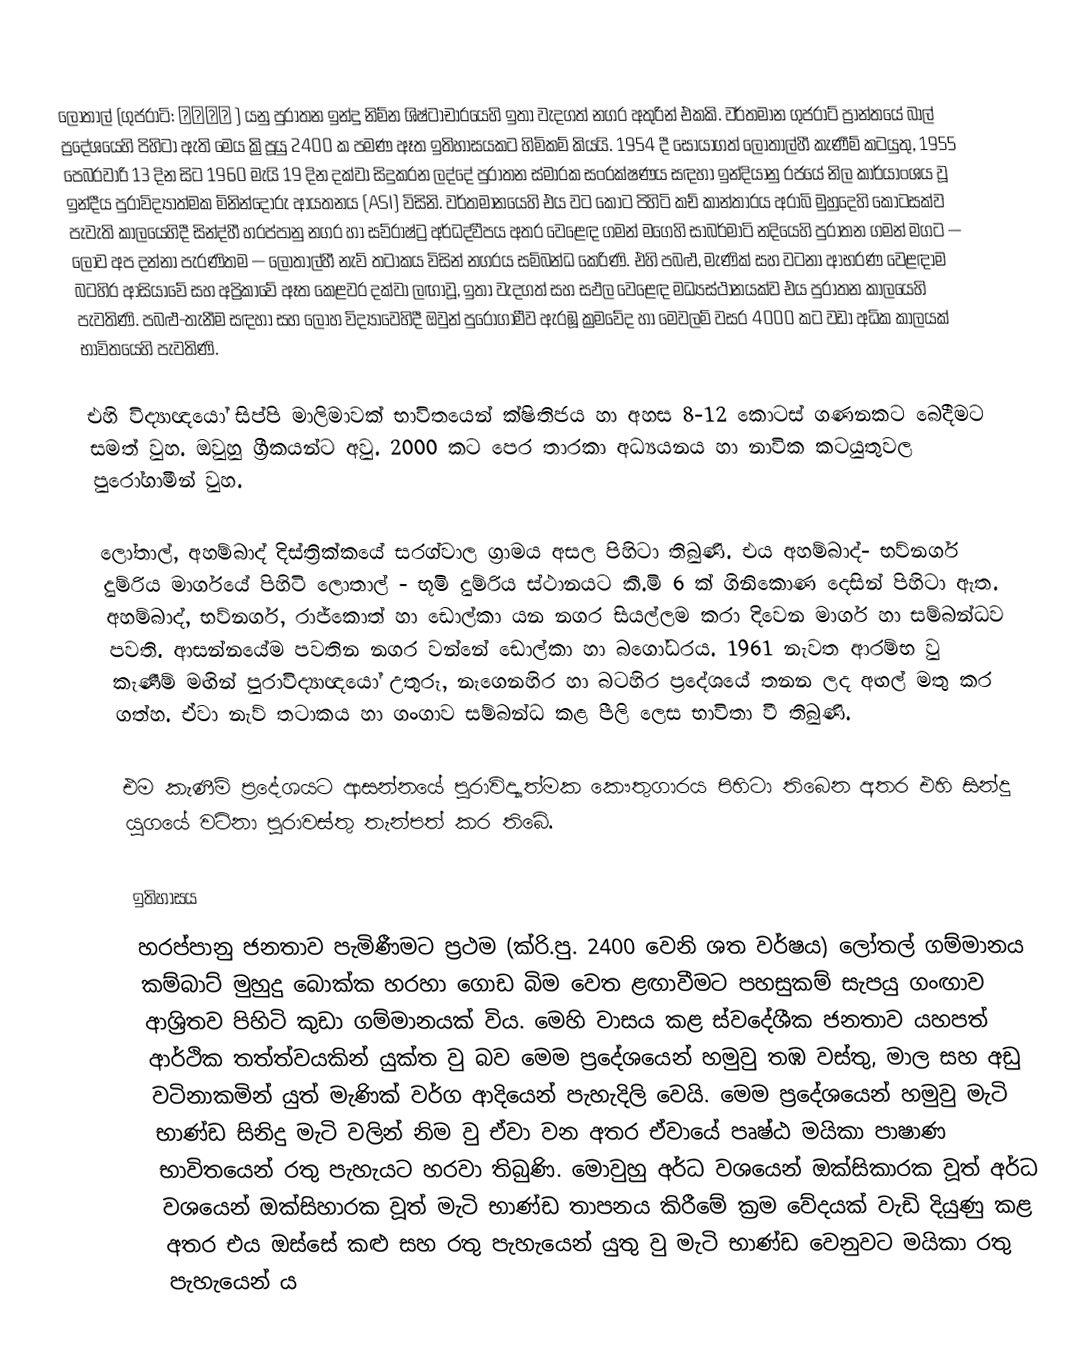
ලොතාල් (ගුජරාටි: લોથલ ) යනු පුරාතන ඉන්දු නිම්න ශිෂ්ටාචාරයෙහි ඉතා වැදගත් නගර අතුරින් එකකි. වර්තමාන ගුජරාට් ප්‍රාන්තයේ බාල් ප්‍රදේශයෙහි පිහිටා ඇති මෙය ක්‍රිපූයු 2400 ක පමණ ඈත ඉතිහාසයකට හිමිකම් කියයි. 1954 දී සොයාගත් ලොතාල්හී කැණීම් කටයුතු, 1955 පෙබරවාරි 13 දින සිට  1960 මැයි 19 දින දක්වා සිදුකරන ලද්දේ පුරාතන ස්මාරක සංරක්ෂණය සඳහා ඉන්දියානු රජයේ නිල කාර්යාංශය වූ  ඉන්දීය පුරාවිද්‍යාත්මක මිනින්දෝරු ආයතනය (ASI) විසිනි. වර්තමානයෙහි එය වට කොට පිහිටි කච් කාන්තාරය  අරාබි මුහුදෙහි කොටසක්ව පැවැති කාලයෙහිදී සින්ද්හී හරප්පානු නගර  හා සව්රාෂ්ට්‍ර  අර්ධද්වීපය අතර වෙළෙඳ ගමන් මගෙහි සාබර්මාටි නදියෙහි පුරාතන ගමන් මගට  — ලොව අප දන්නා පැරණිතම — ලොතාල්හී  නැව් තටාකය විසින් නගරය සම්බන්ධ කෙරිණි.  එහි පබළු, මැණික් සහ වටනා ආභරණ වෙළඳාම  බටහිර ආසියාවේ සහ අප්‍රිකාවේ ඈත කෙළවර දක්වා ලඟාවූ, ඉතා වැදගත් සහ සඵල වෙළෙඳ මධ්‍යස්ථානයක්ව එය පුරාතන කාලයෙහි පැවතිණි. පබළු-තැනීම සඳහා සහ  ලෝහ විද්‍යාවෙහිදී ඔවුන් පුරෝගාමීව ඇරඹූ ක්‍රමවේද හා මෙවලම් වසර 4000 කට වඩා අධික කාලයක් භාවිතයෙහි පැවතිණි.

එහි විද්‍යාඥ‍යෝ සිප්පි මාලිමාවක් භාවිතයෙන් ක්ෂිතිජය හා අහස 8-12 කොටස් ගණනකට බෙදීමට සමත් වුහ. ඔවුහු ග්‍රීකයන්ට අවු. 2000 කට පෙර තාරකා අධ්‍යයනය හා නාවික කටයුතුවල පුරෝගාමීන් වුහ.

ලෝතාල්, අහම්බාද් දිස්ත්‍රික්කයේ සරග්වාල ග්‍රාමය අසල පිහිටා තිබුණි. එය අහම්බාද්- භව්නගර් දුම්රිය මාර්ගයේ පිහිටි ලොතාල් - භූමි දුම්රිය ස්ථානයට කී.මි 6 ක් ගිනිකොණ දෙසින් පිහිටා ඇත. අහම්බාද්, භව්නගර්, රාජ්කොත් හා ඩොල්කා යන නගර සියල්ලම කරා දිවෙන මාර්ග හා සම්බන්ධව පවති. ආසන්නයේම පවතින නගර වන්නේ ඩොල්කා හා බගෝධරය. 1961 නැවත ආරම්භ වු කැණීම් මඟින් පුරාවිද්‍යාඥයෝ උතුරු, නැගෙනහිර හා බටහිර ප්‍රදේශයේ තනන ලද අඟල් මතු කර ගත්හ. ඒවා නැව් තටාකය හා ගංගාව සම්බන්ධ කළ පීලි ලෙස භාවිතා වී තිබුණි.

එම කැණීම් ප්‍රදේශයට ආසන්නයේ පුරාවිද්‍යාත්මක කෞතුගාරය පිහිටා තිබෙන අතර එහි සින්දු යුගයේ වටිනා පුරාවස්තු තැන්පත් කර තිබේ.

ඉතිහාසය
හරප්පානු ජනතාව පැමිණීමට ප්‍රථම (ක්රි.පු. 2400 වෙනි ශත වර්ෂය) ලෝතල් ගම්මානය කම්බාට් මුහුදු බොක්ක හරහා ගොඩ බිම වෙත ළඟාවීමට පහසුකම් සැපයු ගංඟාව ආශ්‍රිතව පිහිටි කුඩා ගම්මානයක් විය. මෙහි වාසය කළ ස්වදේශීක ජනතාව යහපත් ආර්ථික තත්ත්වයකින් යුක්ත වු බව මෙම ප්‍රදේශයෙන් හමුවු තඹ වස්තු, මාල සහ අඩු වටිනාකමින් යුත් මැණික් වර්ග ආදියෙන් පැහැදිලි වෙයි. මෙම ප්‍රදේශයෙන් හමුවු මැටි භාණ්ඩ සිනිදු මැටි වලින් නිම වු ඒවා වන අතර ඒවායේ පෘෂ්ඨ මයිකා පාෂාණ භාවිතයෙන් රතු පැහැයට හරවා තිබුණි. මොවුහු අර්ධ වශයෙන් ඔක්සිකාරක වූත් අර්ධ වශයෙන් ඔක්සිහාරක වූත් මැටි භාණ්ඩ තාපනය කිරීමේ ක්‍රම වේදයක් වැඩි දියුණු කළ අතර එය ඔස්සේ කළු සහ රතු පැහැයෙන් යුතු වු මැටි භාණ්ඩ වෙනුවට මයිකා රතු පැහැයෙන් ය